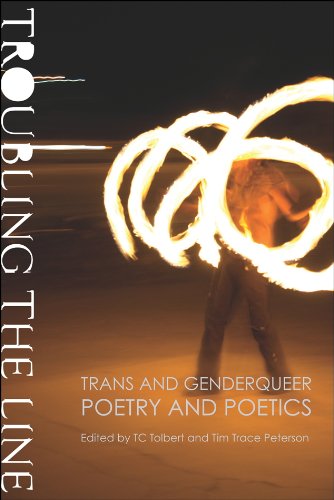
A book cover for Troubling the Line: Trans and Genderqueer Poetry and Poetics; Literature & Fiction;